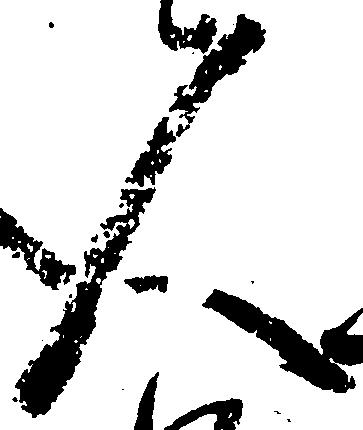
人